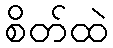
စိတ်ထဲ